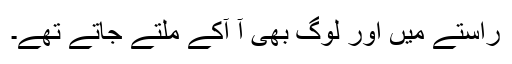
راستے میں اور لوگ بھی آ آکے ملتے جاتے تھے۔